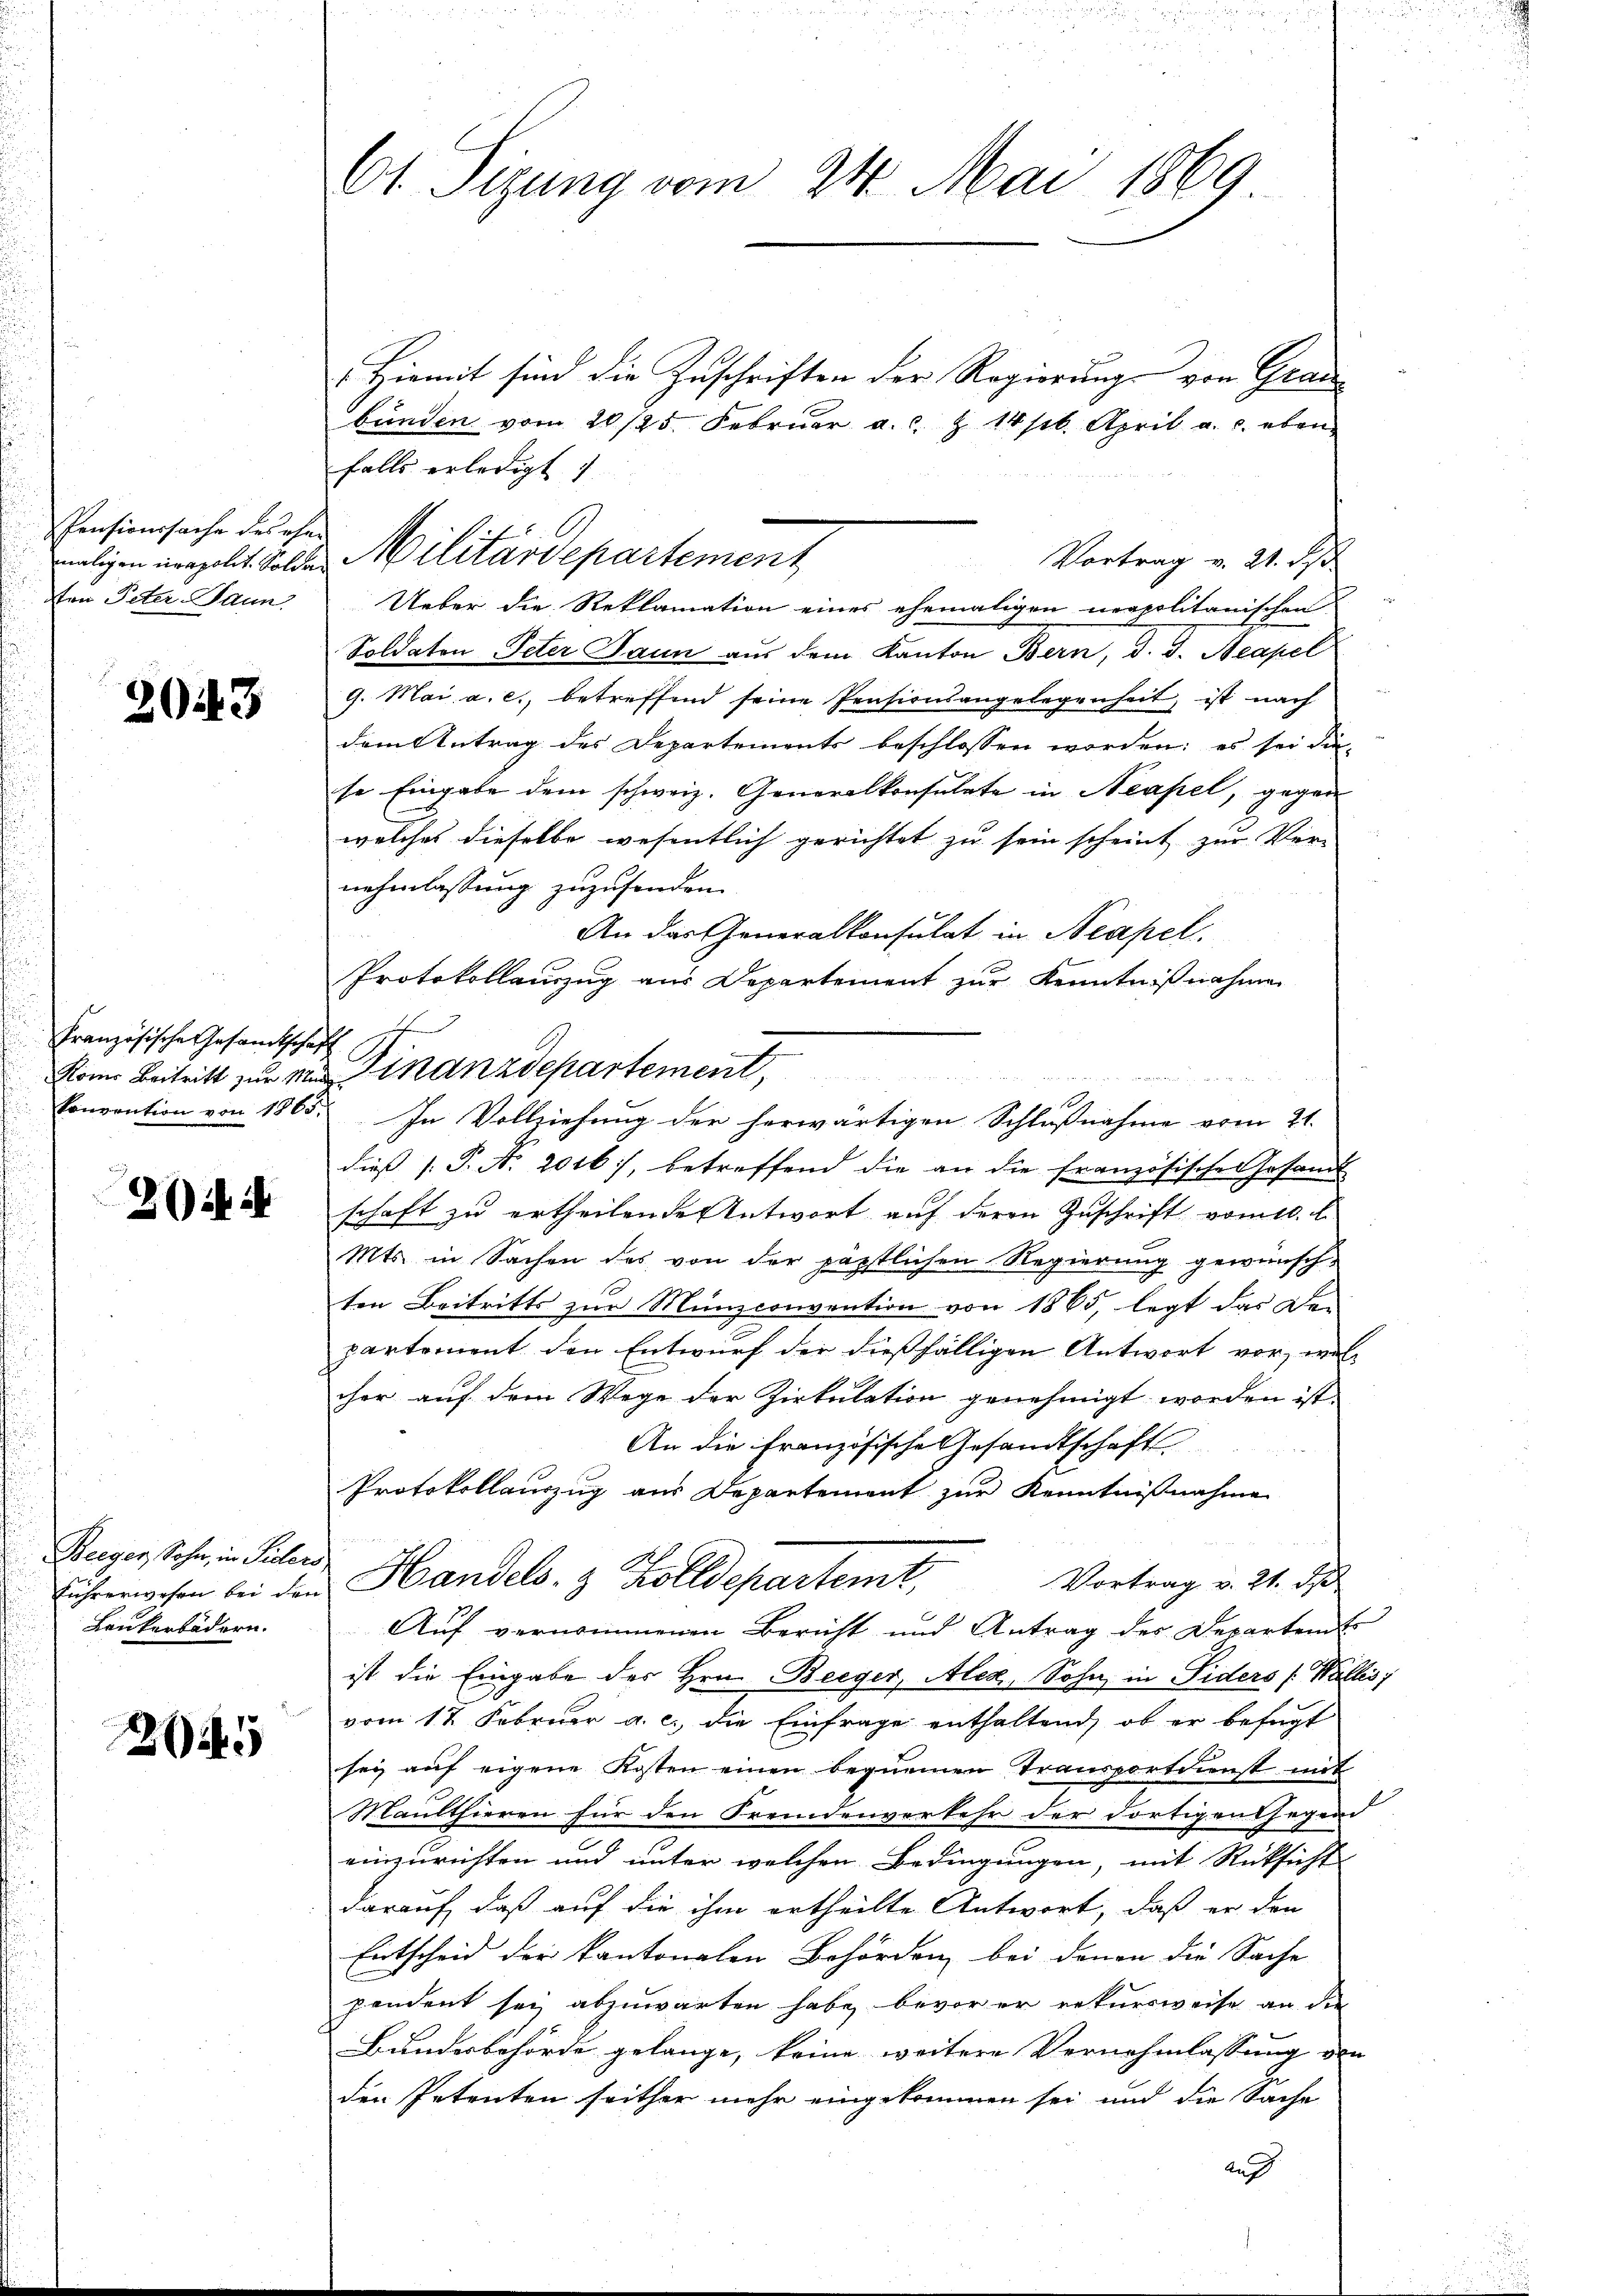
Pensionssache des eher
sten Peter-Paun

2043

Französische Gesandtschaft

2ifi

Beeger, Sohn, in Peters
Laukerbädern.

2

61. Sigung vom 24. Mai 1869

Hiemit sind die Zuschriften der Regierung von Grau
bunden vom 20/25. Februar a. c. Z. 14. April a. c. eben
falls erledigt
Vortrag v. 21. ds
Ueber die Reklamation eines ehemaligen neapolitanischen
Soldaten Peter Jaun aŭs dem Kanton Bern, d. J. Aeapel
9. Mai a. c., betreffend seine Pensionsangelegenheit, ist nach
dem Antrag des Departements beschlossen worden; es sei die-
se Eingabe dem schweiz. Generalkonsulate in Neapel, gegen
welches dieselbe wesentlich gerichtet zu sein scheint zur Ver-
nehmlassung zuzufenden.
An das Generalkonsulat in Neapel.
Protokollauszug aus Departement zur Kenntnißnahmen
Kome Beitritt zur von Finanzdepartement
konvention von 1865. In Vollziehung der herwärtigen Schlußnahme vom 21.
dieß (: P. A. 2016), betreffend die an die französische Gesandt
schaft zu ertheilende Antwort auf Herrn Zuschrift vom 10. d.
Mts. in Sachen des von der päpstlichen Regierung gewünsch-
ten Beitritts zur Münzconvention von 1865, legt das De-
partement den Entwurf der dießfälligen Antwort vor, welcher auf dem Wege der Zirkulation genehmigt worden ist
An die Französische Gesandtschaft
Protokollauszug aus Departement zur Kenntnißnahme
Vortrag v. 21. ds
Führerwesen bei den Handels- & Zolldepartemt,
Auf vernommenen Bericht und Antrag der Departent
ist die Eingabe des Hrn. Beeger, Alex, Sohn, in Siders (Wallis,
vom 17. Februar a. c. die Einfrage enthaltend, ob er befügt
sey auf eigene Kosten einen bequemen Transporteienst mit
Maulthieren für den Fremdenverkehr der dortigen gegend
einzurichten und unter welchen Bedingungen, mit Rücksicht
darauf, daß auf die ihm ertheilte Antwort, daß er den
Entscheid der kantonalen Behörden bei denen die Sache
pendent sei abzuwarten habe, bevor er rekursweise an die
Bundesbehörde gelange, keine weitere Vernehmlassung den
den Petenten seither mehr eingekommen sei und die Sache
Auf

e

maligen neapolit. Solden Militärdepartement